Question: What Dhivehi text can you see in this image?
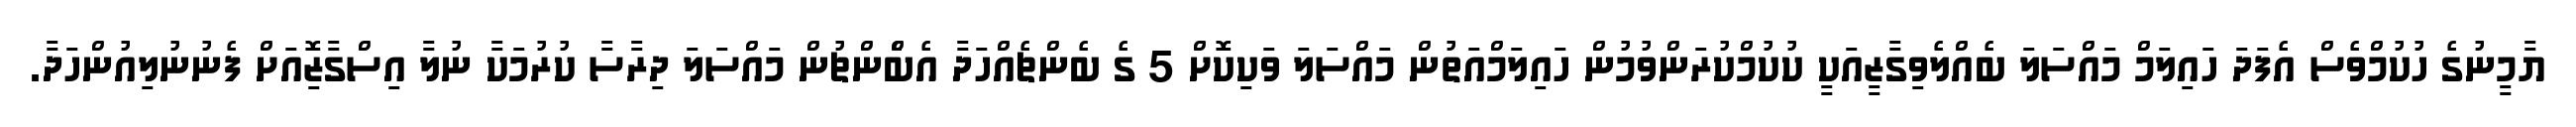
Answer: ޔާމީނުގެ ހުކުމްވެސް އެފަދަ ހައިލަމް މައްސަލަ ބެއްލެވިގާޒީއަކީ ކުކުމްކުރަންވުމުން ހައިލަމްއަތުން މައްސަލަ ވަކިކޮށް 5 ގެ ބެންޗެއްހަދާ އެބްެންޗުން މައްސަލަ ދިރާސާ ކުރުމަކާ ނުލާ އިސްގާޒޮިއަށް ފެނުނުލިއުންހަދާ.